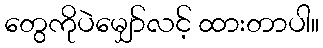
တွေကိုပဲမျှော်လင့် ထားတာပါ။